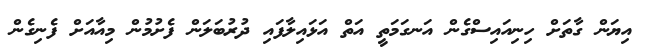
އިޔަން ގާތަށް ހިނިއައިސްގެން އަނގަމަތީ އަތް އަޅައިލާފައި ދުރުބަލަން ފެށުމުން މިއާއަށް ފެނިގެން